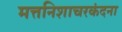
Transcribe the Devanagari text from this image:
मत्तनिशाचरकंदना